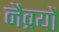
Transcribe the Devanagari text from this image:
नैव्रयों